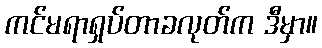
ကင်မရာရှပ်တာခလုတ်က ဒီမှာ။